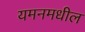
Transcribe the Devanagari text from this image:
यमनमधील